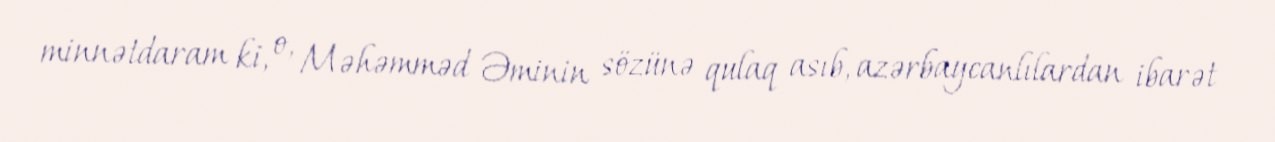
minnətdaram ki, o, Məhəmməd Əminin sözünə qulaq asıb, azərbaycanlılardan ibarət